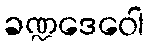
ခဏ္ဍဒေဝေါ